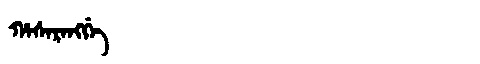
Manchu: ᡥᠠᠰᠠᡵᠠᠩᡤᡝ
Romanization: HASARANGGE